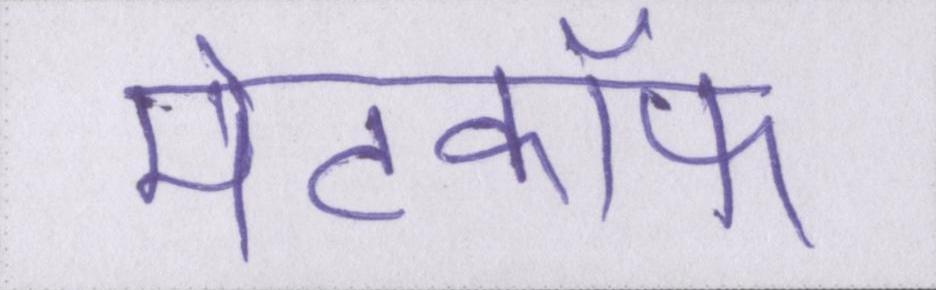
मेटकॉफ